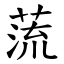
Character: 蓅